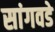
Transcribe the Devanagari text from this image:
सांगवडे